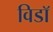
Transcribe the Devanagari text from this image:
विडाॅ